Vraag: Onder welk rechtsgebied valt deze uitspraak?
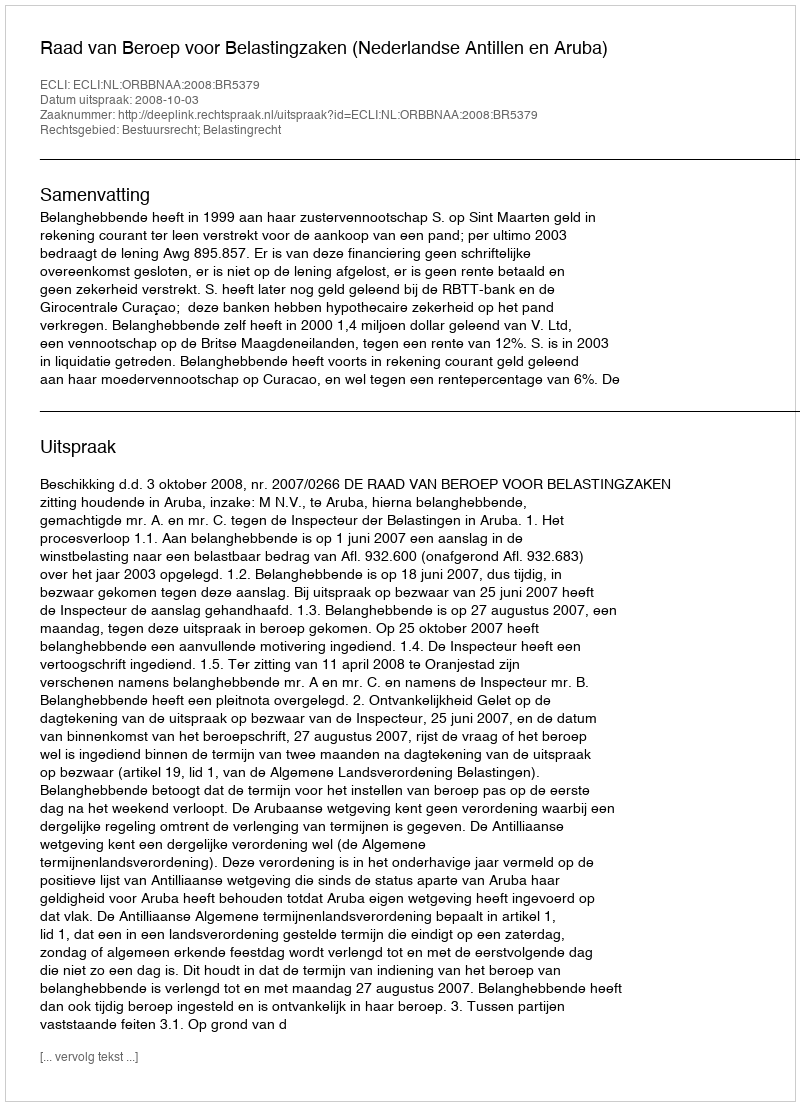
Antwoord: Bestuursrecht; Belastingrecht